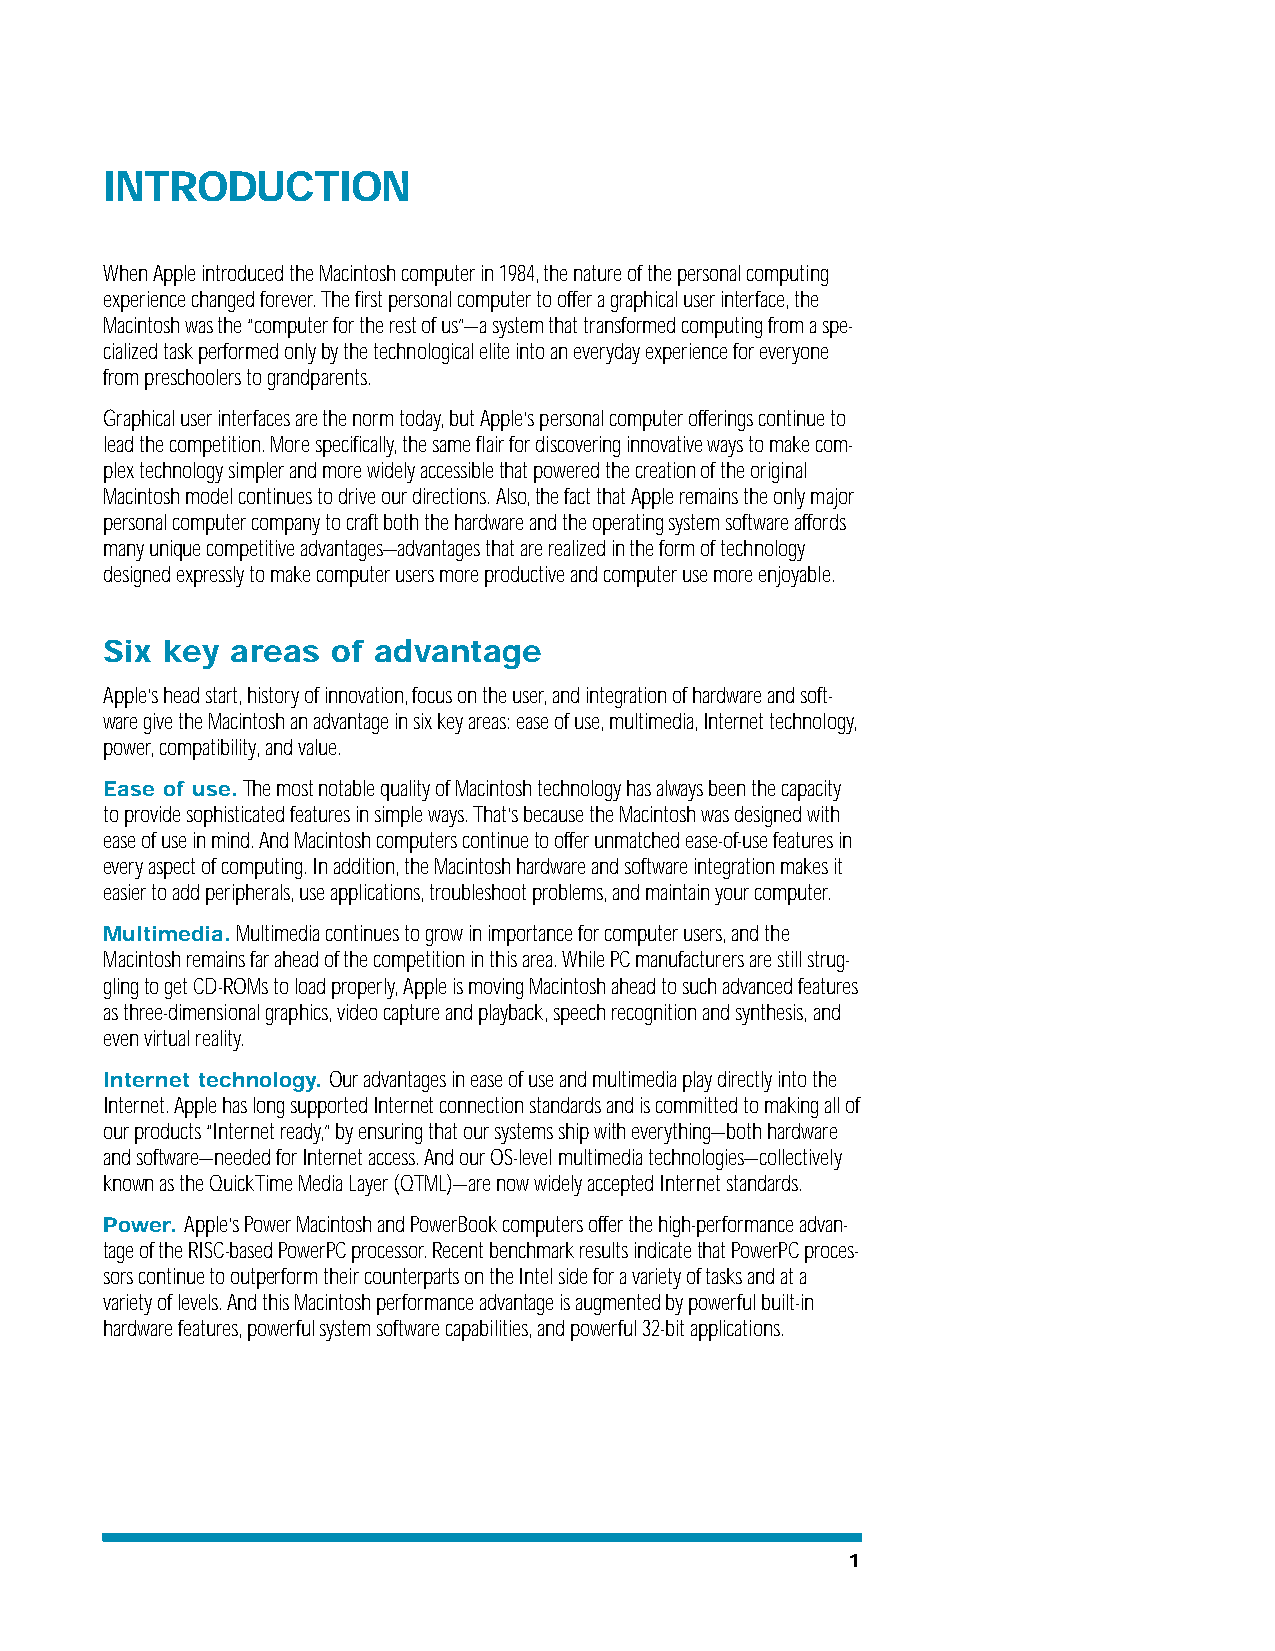
INTRODUCTION
 When Apple introduced the Macintosh computer in 1984, the nature of the personal computing
 experience changed forever. The first personal computer to offer a graphical user interface, the
 Macintosh was the “computer for the rest of us”—a system that transformed computing from a spe-
 cialized task performed only by the technological elite into an everyday experience for everyone
 from preschoolers to grandparents.
 Graphical user interfaces are the norm today, but Apple’s personal computer offerings continue to
 lead the competition. More specifically, the same flair for discovering innovative ways to make com-
 plex technology simpler and more widely accessible that powered the creation of the original
 Macintosh model continues to drive our directions. Also, the fact that Apple remains the only major
 personal computer company to craft both the hardware and the operating system software affords
 many unique competitive advantages—advantages that are realized in the form of technology
 designed expressly to make computer users more productive and computer use more enjoyable.
 Six key areas  of advantage
 Apple’s head start, history of innovation, focus on the user, and integration of hardware and soft-
 ware give the Macintosh an advantage in six key areas: ease of use, multimedia, Internet technology,
 power, compatibility, and value.
 Ease of use.The most notable quality of Macintosh technology has always been the capacity
 to provide sophisticated features in simple ways. That’s because the Macintosh was designed with
 ease of use in mind. And Macintosh computers continue to offer unmatched ease-of-use features in
 every aspect of computing. In addition, the Macintosh hardware and software integration makes it
 easier to add peripherals, use applications, troubleshoot problems, and maintain your computer.
 Multimedia.Multimedia continues to grow in importance for computer users, and the
 Macintosh remains far ahead of the competition in this area. While PC manufacturers are still strug-
 gling to get CD-ROMs to load properly, Apple is moving Macintosh ahead to such advanced features
 as three-dimensional graphics, video capture and playback, speech recognition and synthesis, and
 even virtual reality.
 Internet technology. Our advantages in ease of use and multimedia play directly into the
 Internet. Apple has long supported Internet connection standards and is committed to making all of
 our products “Internet ready,” by ensuring that our systems ship with everything—both hardware
 and software—needed for Internet access. And our OS-level multimedia technologies—collectively
 known as the QuickTime Media Layer (QTML)—are now widely accepted Internet standards.
 Power. Apple’s Power Macintosh and PowerBook computers offer the high-performance advan-
 tage of the RISC-based PowerPC processor. Recent benchmark results indicate that PowerPC proces-
 sors continue to outperform their counterparts on the Intel side for a variety of tasks and at a
 variety of levels. And this Macintosh performance advantage is augmented by powerful built-in
 hardware features, powerful system software capabilities, and powerful 32-bit applications.
 1